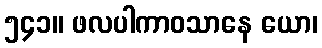
၅၄၁။ ဖလပါကာဝသာနေ ယော၊